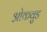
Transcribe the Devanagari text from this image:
ओकवुड